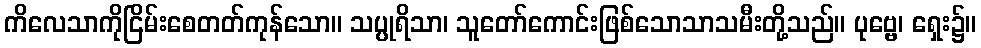
ကိလေသာကိုငြိမ်းစေတတ်ကုန်သော။ သပ္ပုရိသာ၊ သူတော်ကောင်းဖြစ်သောသာသမီးတို့သည်။ ပုဗ္ဗေ၊ ရှေး၌။